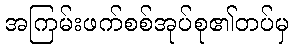
အကြမ်းဖက်စစ်အုပ်စု၏တပ်မှ